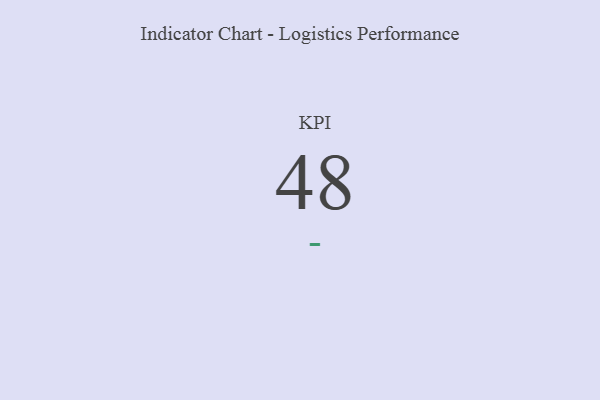
{"axis": {"x": "KPI", "y": "Value"}, "legend": [""], "data": [{"x": "KPI", "y": 48, "type": ""}]}